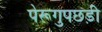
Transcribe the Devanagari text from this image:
पेरूगुपछड़ी